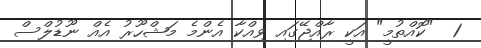
1  "ކޮއްތުމީ" އަކީ ރާއްޖޭގައި ވިއްކާ އެންމެ މަޝްހޫރު އެއް ނޫޑުލްސް